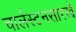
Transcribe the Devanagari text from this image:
चार्लस्टनसारखे